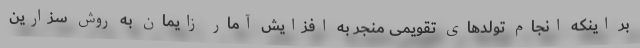
بر اینکه انجام تولدهای تقویمی منجر به افزایش آمار زایمان به روش سزارین